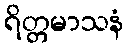
ရိတ္တမာသနံ